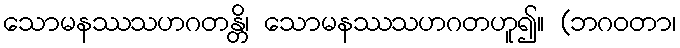
သောမနဿသဟဂတန္တိ၊ သောမနဿသဟဂတဟူ၍။ (ဘဂဝတာ၊